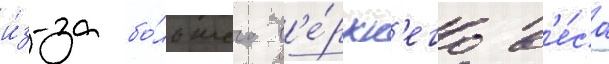
и́з-за бо́льшего в'е́рхн'его в'е́са